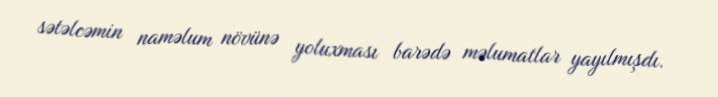
sətəlcəmin naməlum növünə yoluxması barədə məlumatlar yayılmışdı.